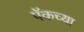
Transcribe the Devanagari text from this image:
पॅकच्या